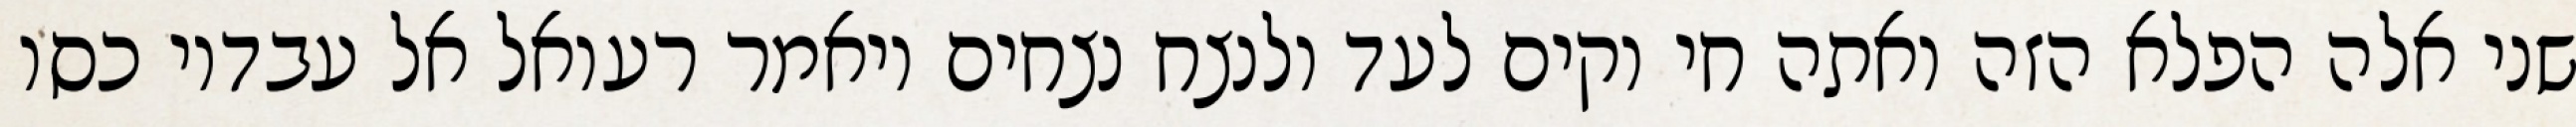
שני אלה הפלא הזה ואתה חי וקים לעד ולנצח נצחים ויאמר רעואל אל עבדיו כסו